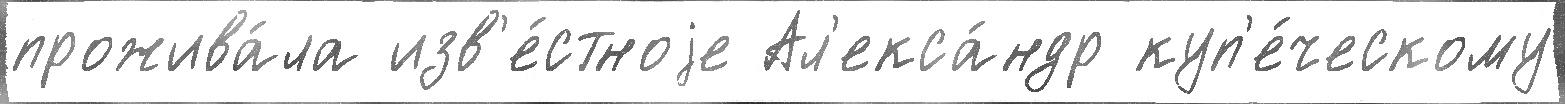
прожива́ла изв'е́стноjе Ал'екса́ндр куп'е́ческому